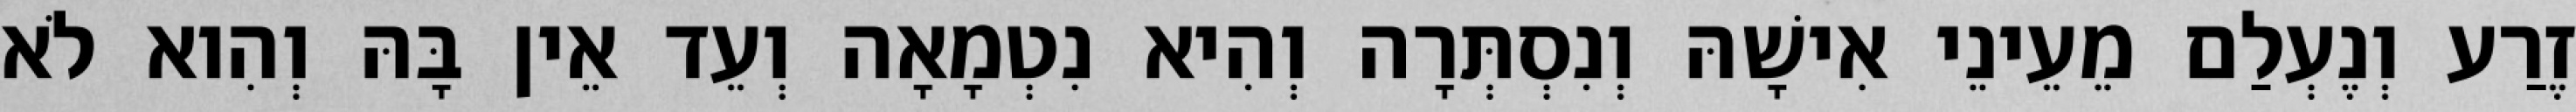
זֶרַע וְנֶעְלַם מֵעֵינֵי אִישָׁהּ וְנִסְתְּרָה וְהִיא נִטְמָאָה וְעֵד אֵין בָּהּ וְהִוא לֹא